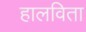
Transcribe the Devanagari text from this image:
हालविता